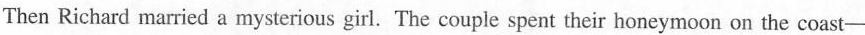
Then Richard married a mysterious girl. The couple spent their honeymoon on the coast-